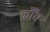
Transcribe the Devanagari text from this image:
क्रौँच